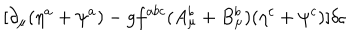
[ \partial _ { \mu } ( \eta ^ { a } + \psi ^ { a } ) - g f ^ { a b c } ( A _ { \mu } ^ { b } + B _ { \mu } ^ { b } ) ( \eta ^ { c } + \psi ^ { c } ) ] \delta \varsigma